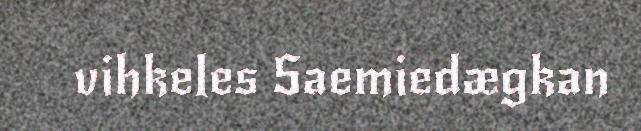
vihkeles Saemiedægkan